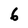
Character: 6